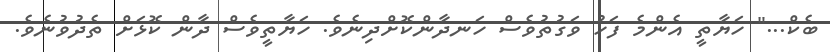
ބެކް..." ހަޔާތީ އެންމެ ފަހު ވަގުތުވެސް ހަނދާންކޮށްދިނެވެ. ހަޔާތީވެސް ދާން ކޮޅަށް ތެދުވުނެވެ.